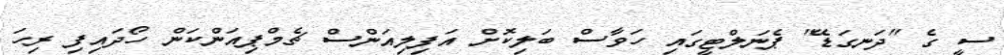
ސީ ގެ "ދަނގަޑޭ" ޕެނަލްޓީގައި ހަވާސް ބަލިކޮށް އަފިލިއަންސް ޗެމްޕިއަންކަން ހޯދައިފި ރިހަ